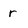
Character: r